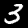
Digit: 3